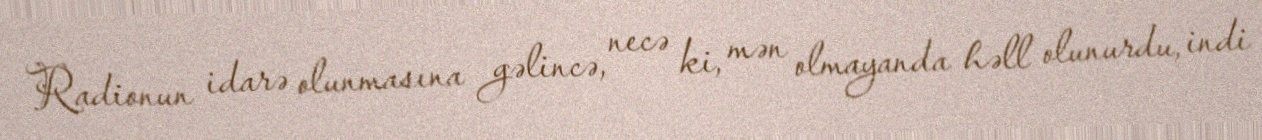
Radionun idarə olunmasına gəlincə, necə ki, mən olmayanda həll olunurdu, indi